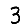
Digit: 3